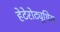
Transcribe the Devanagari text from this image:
हेटेरोट्यूथिस